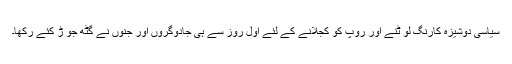
سیاسی دوشیزہ کارنگ لو ٹنے اور روپ کو کجلانے کے لئے اول روز سے ہی جادوگروں اور جنوں نے گٹھ جو ڑ کئے رکھا۔